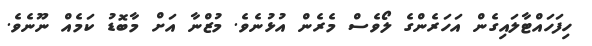
ހިފަހައްޓާލައިގެން އަހަރެންގެ ލޯވެސް މެރެން އުޅުނެވެ. މުޒްނާ އަށް މާބޮޑު ކަމެއް ނޫނެވެ.